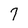
Character: 7